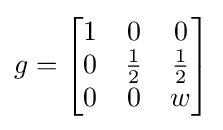
g={\begin{bmatrix}1&0&0\\0&{\frac {1}{2}}&{\frac {1}{2}}\\0&0&w\end{bmatrix}}